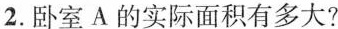
2.卧室A的实际面积有多大?